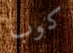
كوب